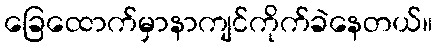
ခြေထောက်မှာနာကျင်ကိုက်ခဲနေတယ်။